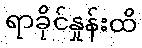
ရာခိုင်နှုန်းထိ